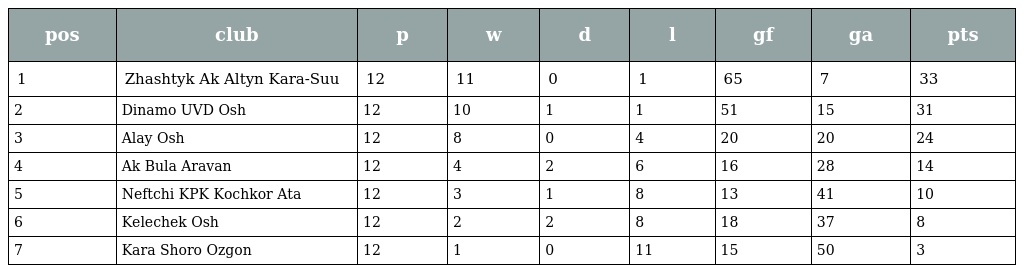
| pos | club | p | w | d | l | gf | ga | pts |
 | --- | --- | --- | --- | --- | --- | --- | --- | --- |
 | 1 | Zhashtyk Ak Altyn Kara-Suu | 12 | 11 | 0 | 1 | 65 | 7 | 33 |
 | 2 | Dinamo UVD Osh | 12 | 10 | 1 | 1 | 51 | 15 | 31 |
 | 3 | Alay Osh | 12 | 8 | 0 | 4 | 20 | 20 | 24 |
 | 4 | Ak Bula Aravan | 12 | 4 | 2 | 6 | 16 | 28 | 14 |
 | 5 | Neftchi KPK Kochkor Ata | 12 | 3 | 1 | 8 | 13 | 41 | 10 |
 | 6 | Kelechek Osh | 12 | 2 | 2 | 8 | 18 | 37 | 8 |
 | 7 | Kara Shoro Ozgon | 12 | 1 | 0 | 11 | 15 | 50 | 3 |